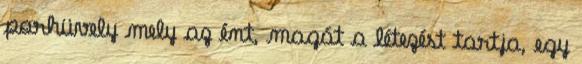
porhüvely mely az ént, magát a létezést tartja, egy